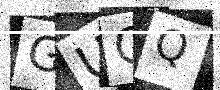
Text: GUCQ